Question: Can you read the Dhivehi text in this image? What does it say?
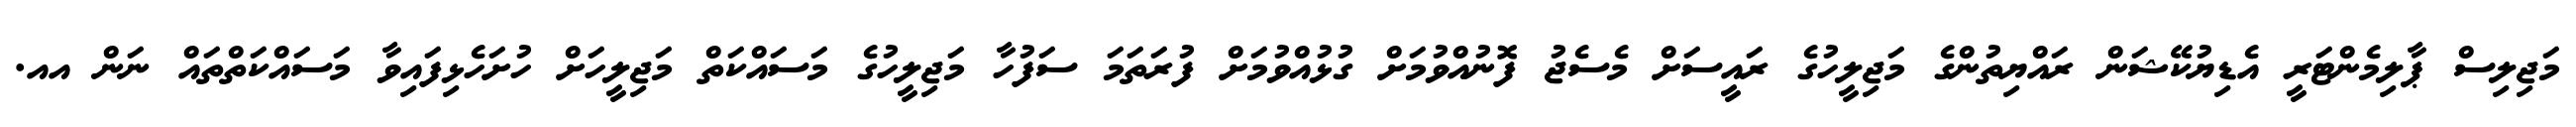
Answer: މަޖިލިސް ޕާލިމެންޓަރީ އެޑިޔުކޭޝަން ރައްޔިތުންގެ މަޖިލީހުގެ ރައީސަށް މެސެޖު ފޮނުއްވުމަށް ގުޅުއްވުމަށް ފުރަތަމަ ސަފުހާ މަޖިލީހުގެ މަސައްކަތް މަޖިލީހަށް ހުށަހެޅިފައިވާ މަސައްކަތްތައް ނަން އއ.